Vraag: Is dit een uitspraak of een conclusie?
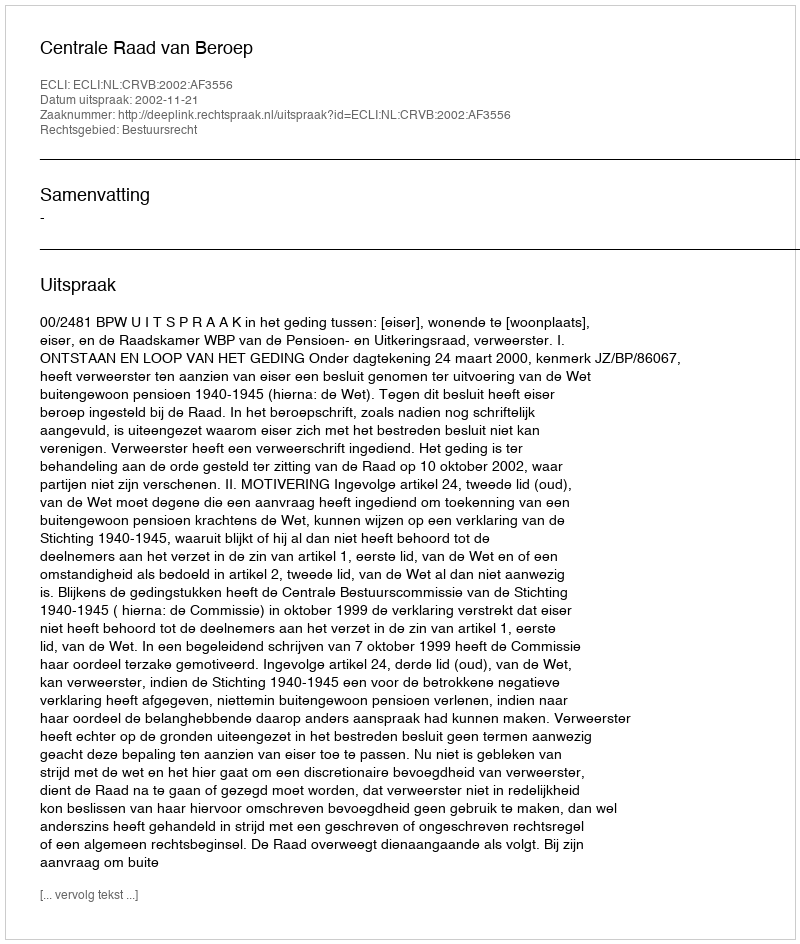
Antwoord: Uitspraak